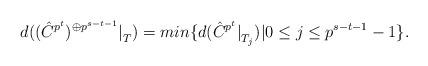
LaTeX: \begin{align*} d({({\hat{C}}^{p^t})^{\oplus p^{s-t-1}}|}_{T})=min\{d({{\hat{C}}^{p^t}|}_{T_j}) | 0 \le j \le p^{s-t-1} -1 \}.\end{align*}